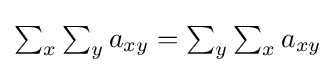
{\textstyle \sum _{x}\sum _{y}a_{xy}=\sum _{y}\sum _{x}a_{xy}}